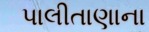
પાલીતાણાના